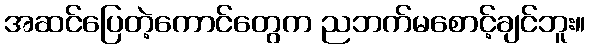
အဆင်ပြေတဲ့ကောင်တွေက ညဘက်မစောင့်ချင်ဘူး။